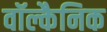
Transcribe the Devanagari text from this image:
वॉल्कैनिक